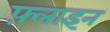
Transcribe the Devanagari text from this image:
फ़्लाइन